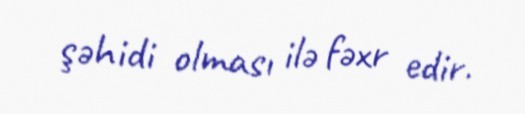
şəhidi olması ilə fəxr edir.